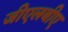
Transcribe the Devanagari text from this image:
जीएलबीए